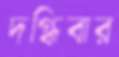
দগ্ধিবার